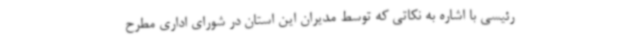
رئیسی با اشاره به نکاتی که توسط مدیران این استان در شورای اداری مطرح